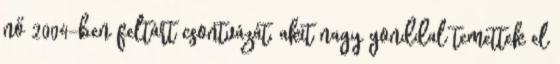
nő 2004-ben feltárt csontvázát, akit nagy gonddal temettek el